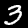
Digit: 3